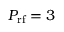
P _ { \mathrm { r f } } = 3